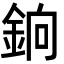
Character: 銄